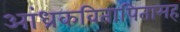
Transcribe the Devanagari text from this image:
आंध्रकवितापितामह